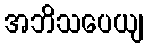
အဘိသပေယျ